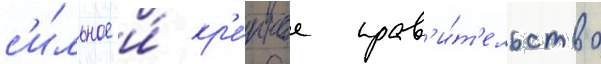
с'и́льное и́ кр'е́пкое прав'и́т'ельство